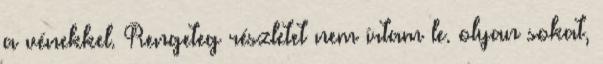
a vénekkel. Rengeteg részletet nem írtam le. olyan sokat,